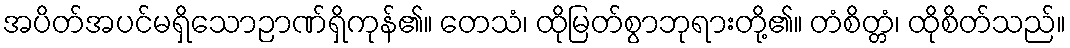
အပိတ်အပင်မရှိသောဉာဏ်ရှိကုန်၏။ တေသံ၊ ထိုမြတ်စွာဘုရားတို့၏။ တံစိတ္တံ၊ ထိုစိတ်သည်။